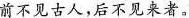
前不见古人，后不见来者。